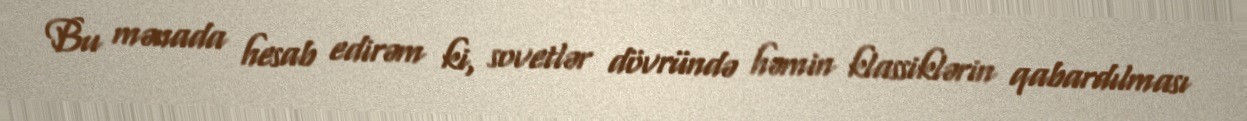
Bu mənada hesab edirəm ki, sovetlər dövründə həmin klassiklərin qabardılması